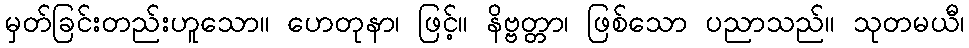
မှတ်ခြင်းတည်းဟူသော။ ဟေတုနာ၊ ဖြင့်။ နိဗ္ဗတ္တာ၊ ဖြစ်သော ပညာသည်။ သုတမယီ၊